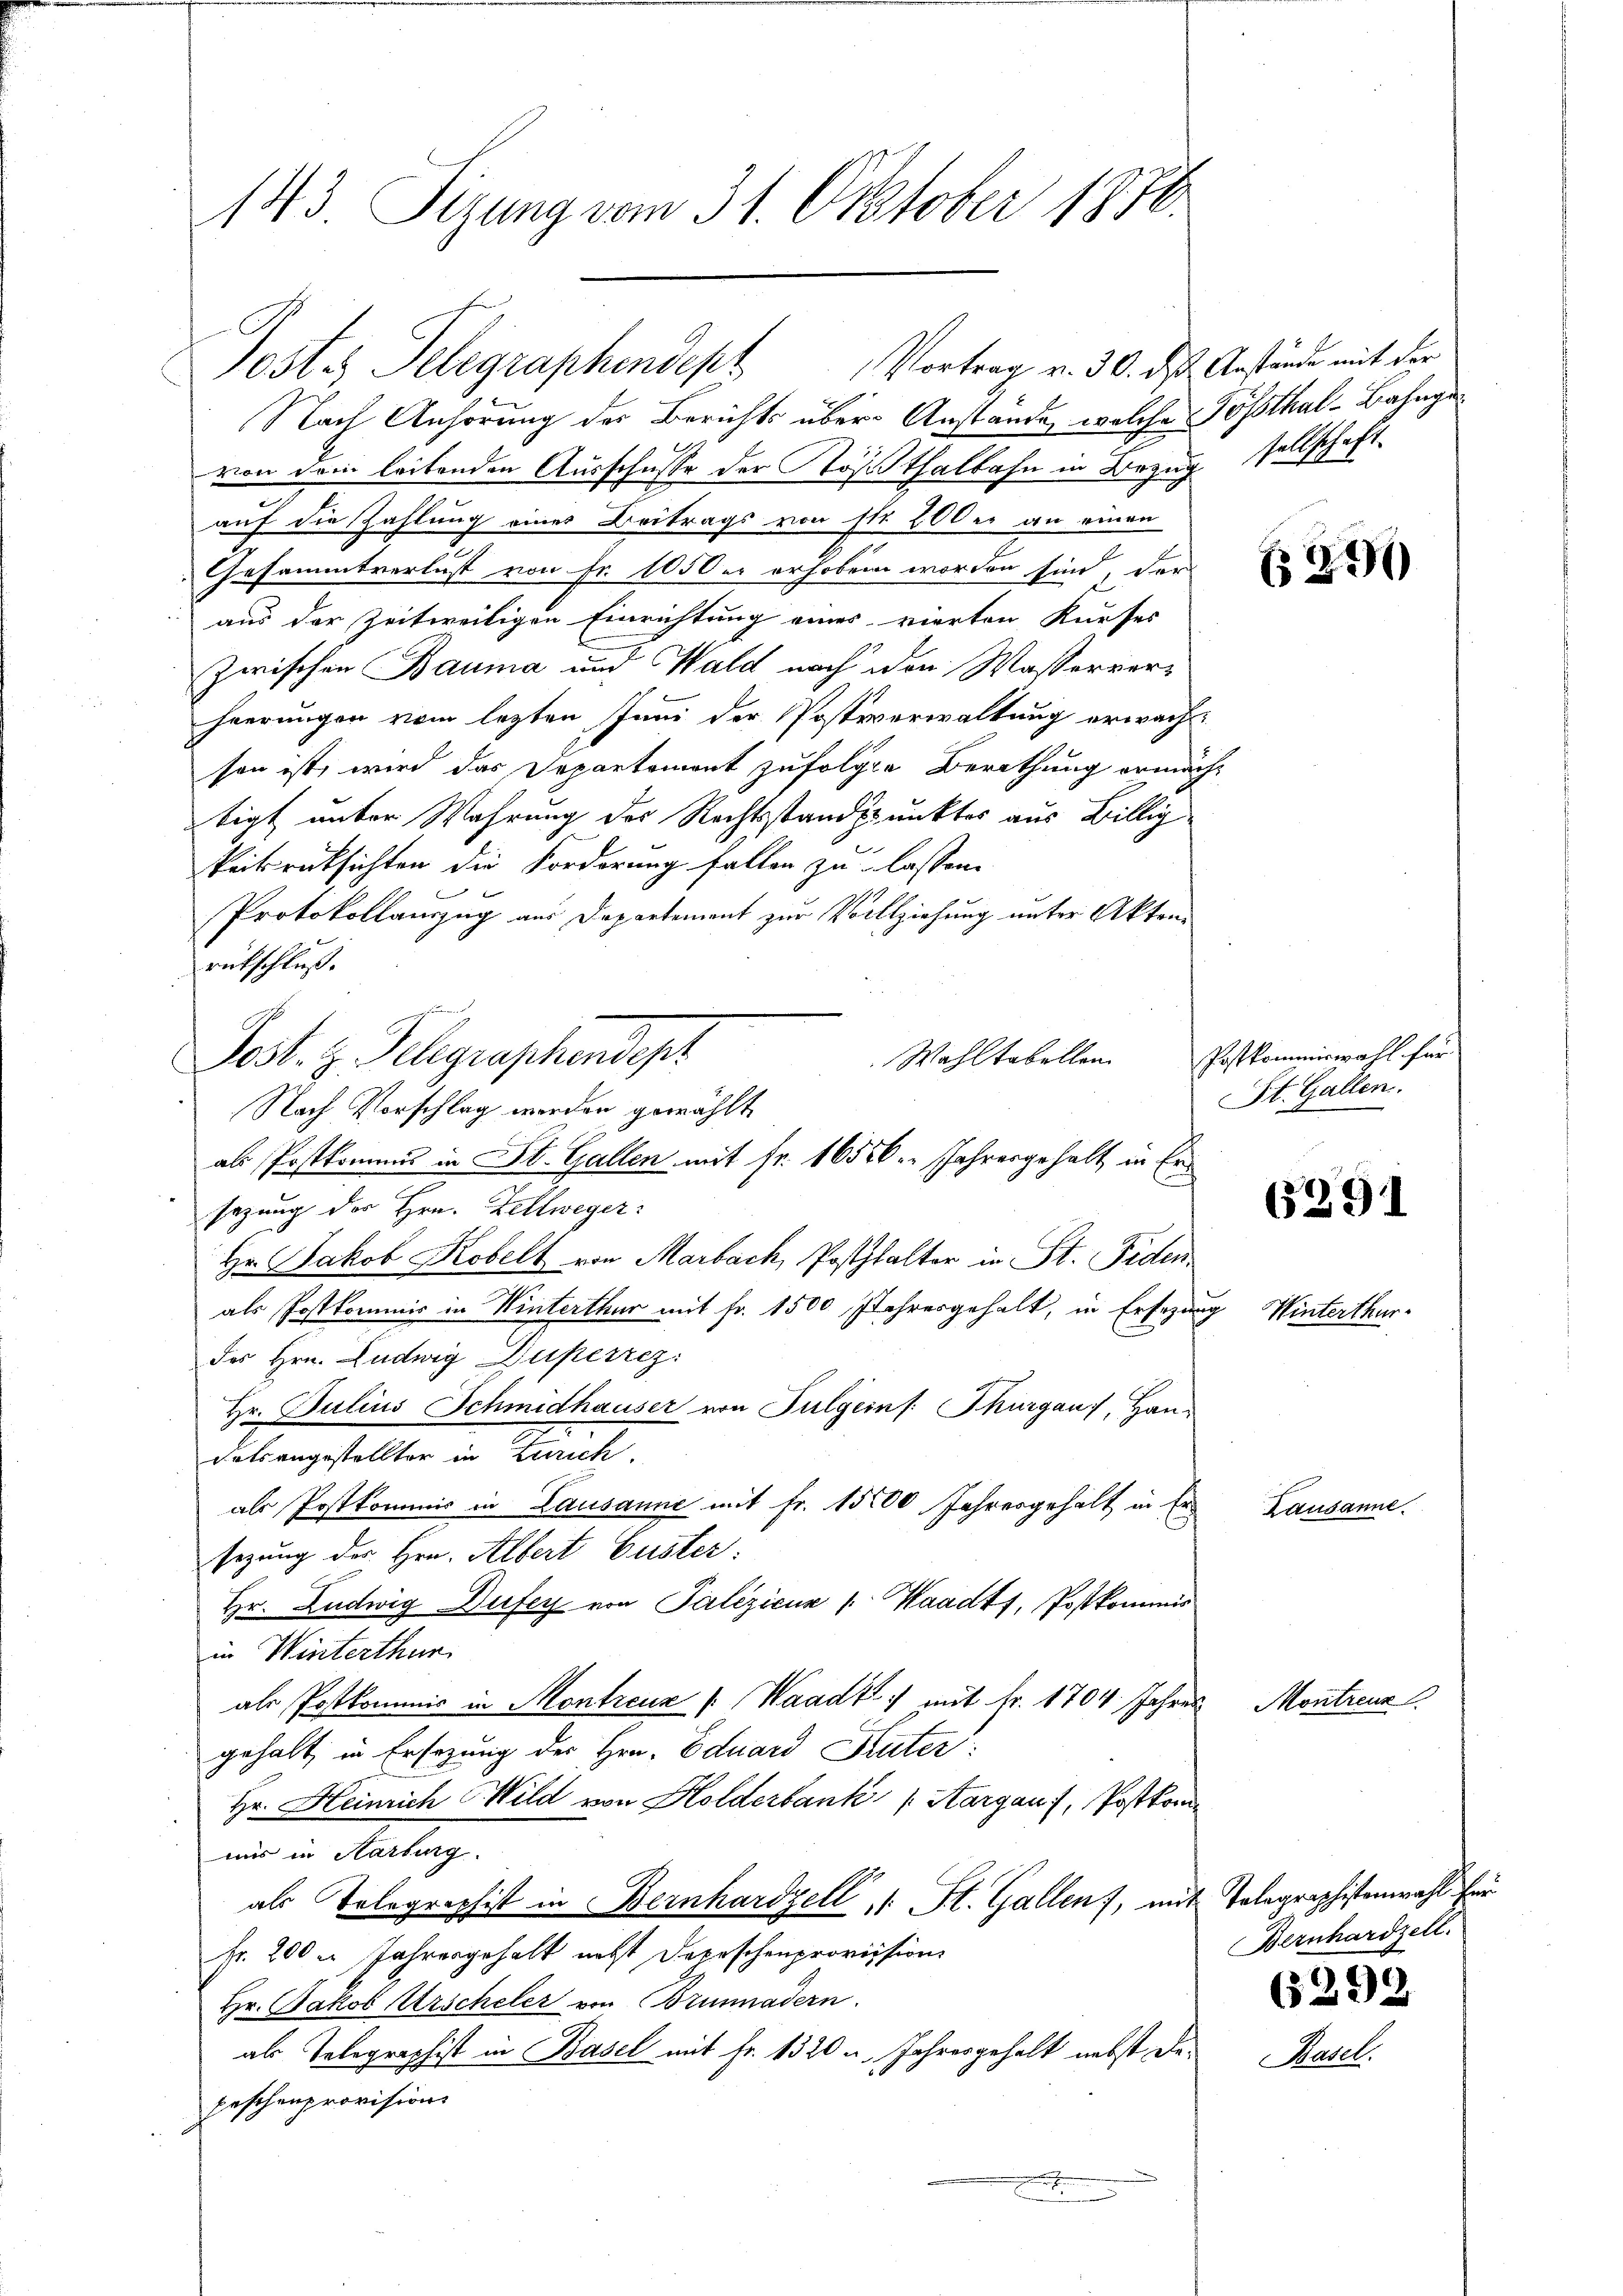
143 Tizung vom 31. Oktober 1870

Nach Anhörung der Berichts über-Anstände, welche Tößthal-Bahngevon dem leitenden Ausschusse der Tößthalbahn in Bezug sellschaft
auf die Zahlung eines Beitrags von sie 200 er an einen
Gesammtverlust von Fr. 105 der erhoben worden sind, der
aus der Zeitweiligen Einrichtung eines vierten Kurses
zwischen Bauma und Wald nach den Wasserverheerungen vom letzten Juni der Postverwaltung erwachsen ist, wird das Departement zufolgte Berathung ermächt
tigt unter Wahrung des Rechtsstandspunktes aus Billig
h
keibrücksichten die Forderung fallen zu lassen.
Protokollauszug aus Departement zur Vollziehung unter Akten
rutschluß.
Wahltabellen
Nach Vorschlag werden gewählt
als Postkomens in St. Gallen mit fr. 16556. Jahresgehalt in Ersezung des Hrn. Zellweger:
Hr. Jakob Kobelt von Marbach, Posthalter in St. Fiden
als Postkommis in Winterthur mit Fr. 1500 Jahresgehalt, in Ersezung Winterthur-
des Hrn. Ludwig Duperrez
Hr. Julius Schmidhauser von Fulgeins Thurgau), Han-
dals angestellter in Zürich.
als Postkommnis in Lausanne mit Fr. 15000 Jahresgehalt in Ersezung der Hrn. Albert Guster:
Hr. Ludwig Dufey von Palezicus ( Waadt, Postkommis
in Winterthur.
als Postkommis in Montreuz /: Waadt mit fr. 1704 Jahres
gehalt, in Ersezung der Hrn. Eduard Suter:
Hr. Heinrich Wild von Holderbank (Aargau), Postkomuns in Aarburg.
als Telegraphist in Bernhardzell 1 St. Gallen, mit Telegraphistenwahl für
Fr. 200 m Jahresgehalt nett Depeschenprovission
Hr. Jakob Urscheler von Brunnadern.
als Telegraphist in Basel mit Fr. 1320 u. Jahresgehalt nebst dapeschenprovision

Postes Telegraphendept Vortrag v. 30. ds Anstände mit der

Post. z. Telegraphendept

290

Postkommiswahl für
St. Gallen.

65291

Lausanne.

Montreuz

Bernhardzell.

(5292